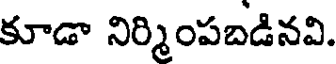
కూడా నిర్మింపబడినవి.